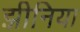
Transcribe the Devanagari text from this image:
झीनिया